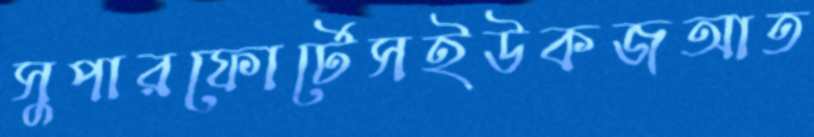
সুপারফোর্টেসইউকজআত